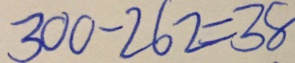
3 0 0 - 2 6 2 = 3 8